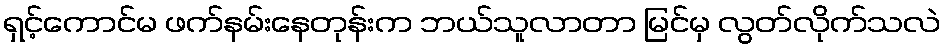
ရှင့်ကောင်မ ဖက်နမ်းနေတုန်းက ဘယ်သူလာတာ မြင်မှ လွတ်လိုက်သလဲ